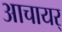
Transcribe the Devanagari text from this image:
आचायर्